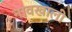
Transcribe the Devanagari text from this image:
नावखाली